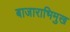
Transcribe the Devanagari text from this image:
बाजाराभिमुख